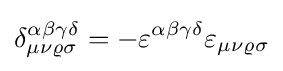
\delta _{\mu \nu \varrho \sigma }^{\alpha \beta \gamma \delta }=-\varepsilon ^{\alpha \beta \gamma \delta }\varepsilon _{\mu \nu \varrho \sigma }